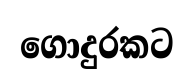
ගොදුරකට